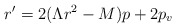
\begin{align*}r^{\prime} = 2 ( \Lambda r^2 - M ) p + 2 p_v\end{align*}